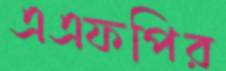
এএফপির